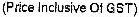
(PRICE INCLUSIVE OF GST)